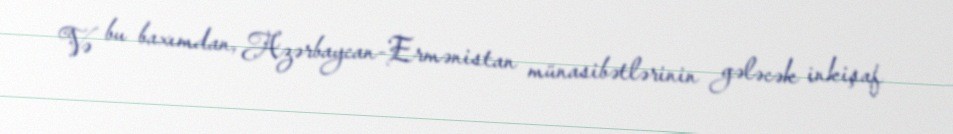
Və bu baxımdan, Azərbaycan-Ermənistan münasibətlərinin gələcək inkişaf